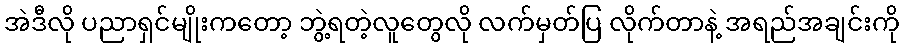
အဲဒီလို ပညာရှင်မျိုးကတော့ ဘွဲ့ရတဲ့လူတွေလို လက်မှတ်ပြ လိုက်တာနဲ့ အရည်အချင်းကို